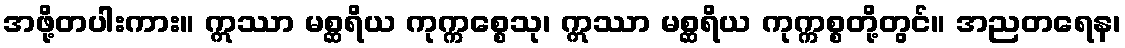
အဖို့တပါးကား။ ဣဿာ မစ္ဆရိယ ကုက္ကစ္စေသု၊ ဣဿာ မစ္ဆရိယ ကုက္ကစ္စတို့တွင်။ အညတရေန၊